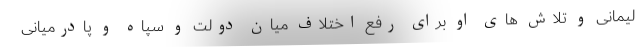
لیمانی و تلاش های او برای رفع اختلاف میان دولت و سپاه و پادرمیانی